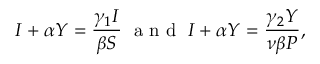
I + \alpha Y = \frac { \gamma _ { 1 } I } { \beta S } \; \mathrm { ~ a ~ n ~ d ~ } \; I + \alpha Y = \frac { \gamma _ { 2 } Y } { \nu \beta P } ,